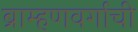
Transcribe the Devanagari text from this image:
ब्राम्हणवर्गाची